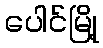
ပေါင်မြို့